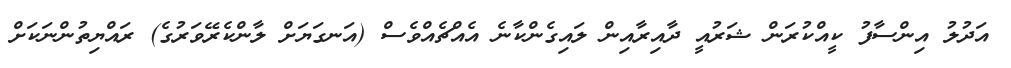
އަދުލު އިންސާފު ކީއްކުރަން ޝަރުއީ ދާއިރާއިން ލައިގެންކާނެ އެއްޗެއްވެސް (އަނގަޔަށް ލާންކެރޭވަރުގެ) ރައްޔިތުންނަކަށް